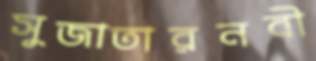
সুজাতারনবী